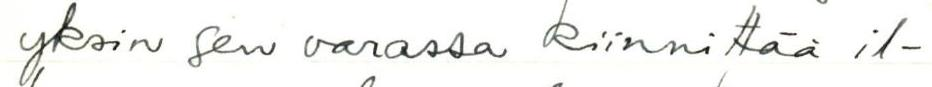
yksin sen varassa kiinnittää il-